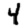
Digit: 4